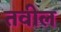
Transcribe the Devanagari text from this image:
तवील